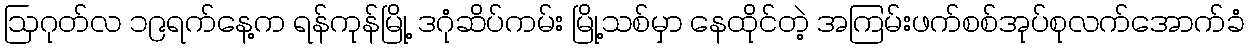
ဩဂုတ်လ ၁၉ရက်နေ့က ရန်ကုန်မြို့ ဒဂုံဆိပ်ကမ်း မြို့သစ်မှာ နေထိုင်တဲ့ အကြမ်းဖက်စစ်အုပ်စုလက်အောက်ခံ